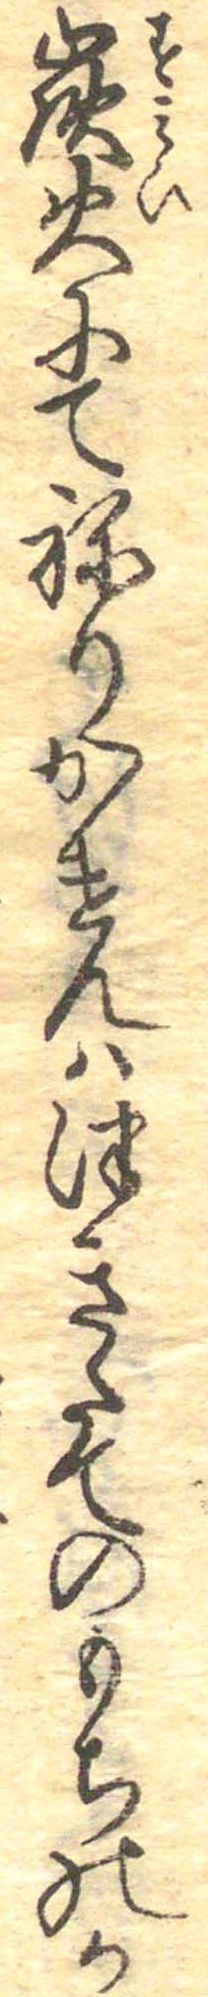
炭火にてねりかけんはつきたてのもちのか